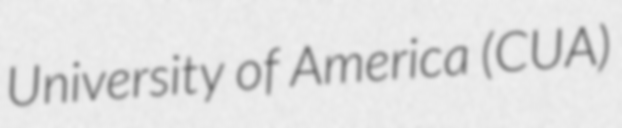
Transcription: University of America (CUA)